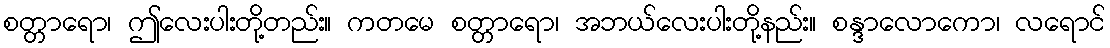
စတ္တာရော၊ ဤလေးပါးတို့တည်း။ ကတမေ စတ္တာရော၊ အဘယ်လေးပါးတို့နည်း။ စန္ဒာလောကော၊ လရောင်